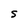
Character: S